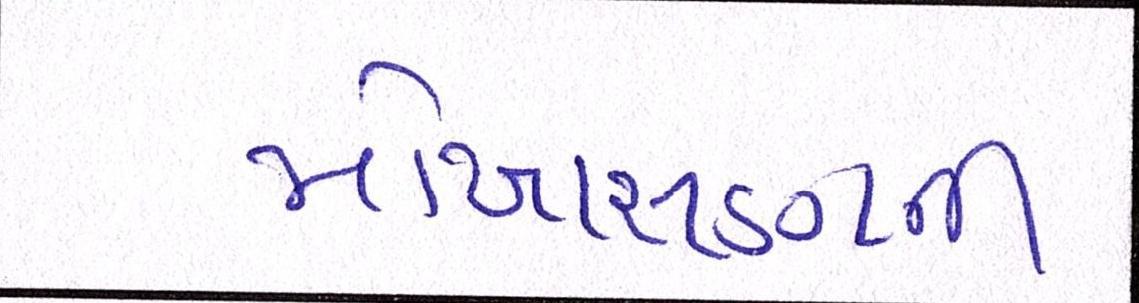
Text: મોખાસણની